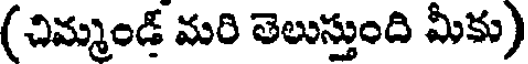
(చిమ్మండ్ మరి తెలుస్తుంది మీకు)